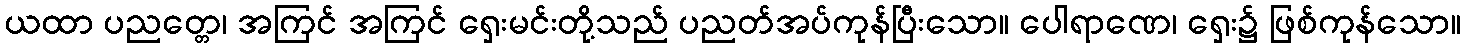
ယထာ ပညတ္တေ၊ အကြင် အကြင် ရှေးမင်းတို့သည် ပညတ်အပ်ကုန်ပြီးသော။ ပေါရာဏေ၊ ရှေး၌ ဖြစ်ကုန်သော။